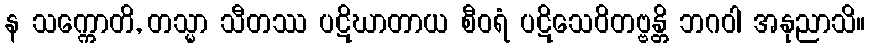
န သက္ကောတိ, တသ္မာ သီတဿ ပဋိဃာတာယ စီဝရံ ပဋိသေဝိတဗ္ဗန္တိ ဘဂဝါ အနုညာသိ။